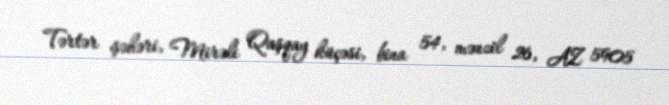
Tərtər şəhəri, Mirəli Qaşqay küçəsi, bina 54, mənzil 26, AZ 5905